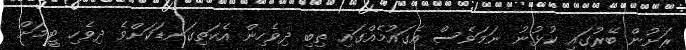
ރަށުން ބޭރުގައި ކުޅުނު ނަމަވެސް އެގައުމެއްގައި ތިބި ދިވެހިން އެކަތިގަނޑަކަށްވެ ދިވެހި ޓީމަށް